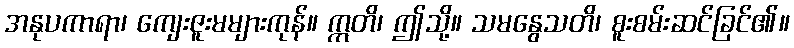
အနုပကာရာ၊ ကျေးဇူးမများကုန်။ ဣတိ၊ ဤသို့။ သမနွေသတိ၊ စူးစမ်းဆင်ခြင်၏။